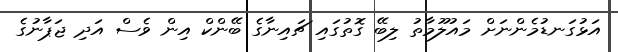
އަޅުގަނޑުމެންނަށް މައުލޫމާތު ލިބޭ ގޮތުގައި ޗައިނާގެ ބޭންކް އިން ވެސް އަދި ޖަޕާނުގެ